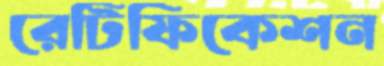
রেটিফিকেশন